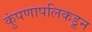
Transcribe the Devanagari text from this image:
कुंपणापलिकडून